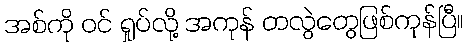
အစ်ကို ဝင် ရှုပ်လို့ အကုန် တလွဲတွေဖြစ်ကုန်ပြီ။